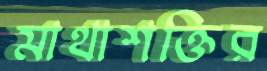
মাথাশক্তির